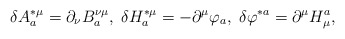
\begin{align*}\delta A_{a}^{*\mu }=\partial _{\nu }B_{a}^{\nu \mu },\;\delta H_{a}^{*\mu}=-\partial ^{\mu }\varphi _{a},\;\delta \varphi ^{*a}=\partial ^{\mu}H_{\mu }^{a}, \end{align*}